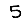
Digit: 5